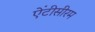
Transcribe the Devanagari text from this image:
ऐंटीसीरम